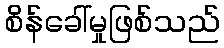
စိန်ခေါ်မှုဖြစ်သည်